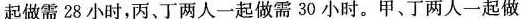
起做需28小时，丙，丁两人一起做需30小时。甲、丁两人一起做